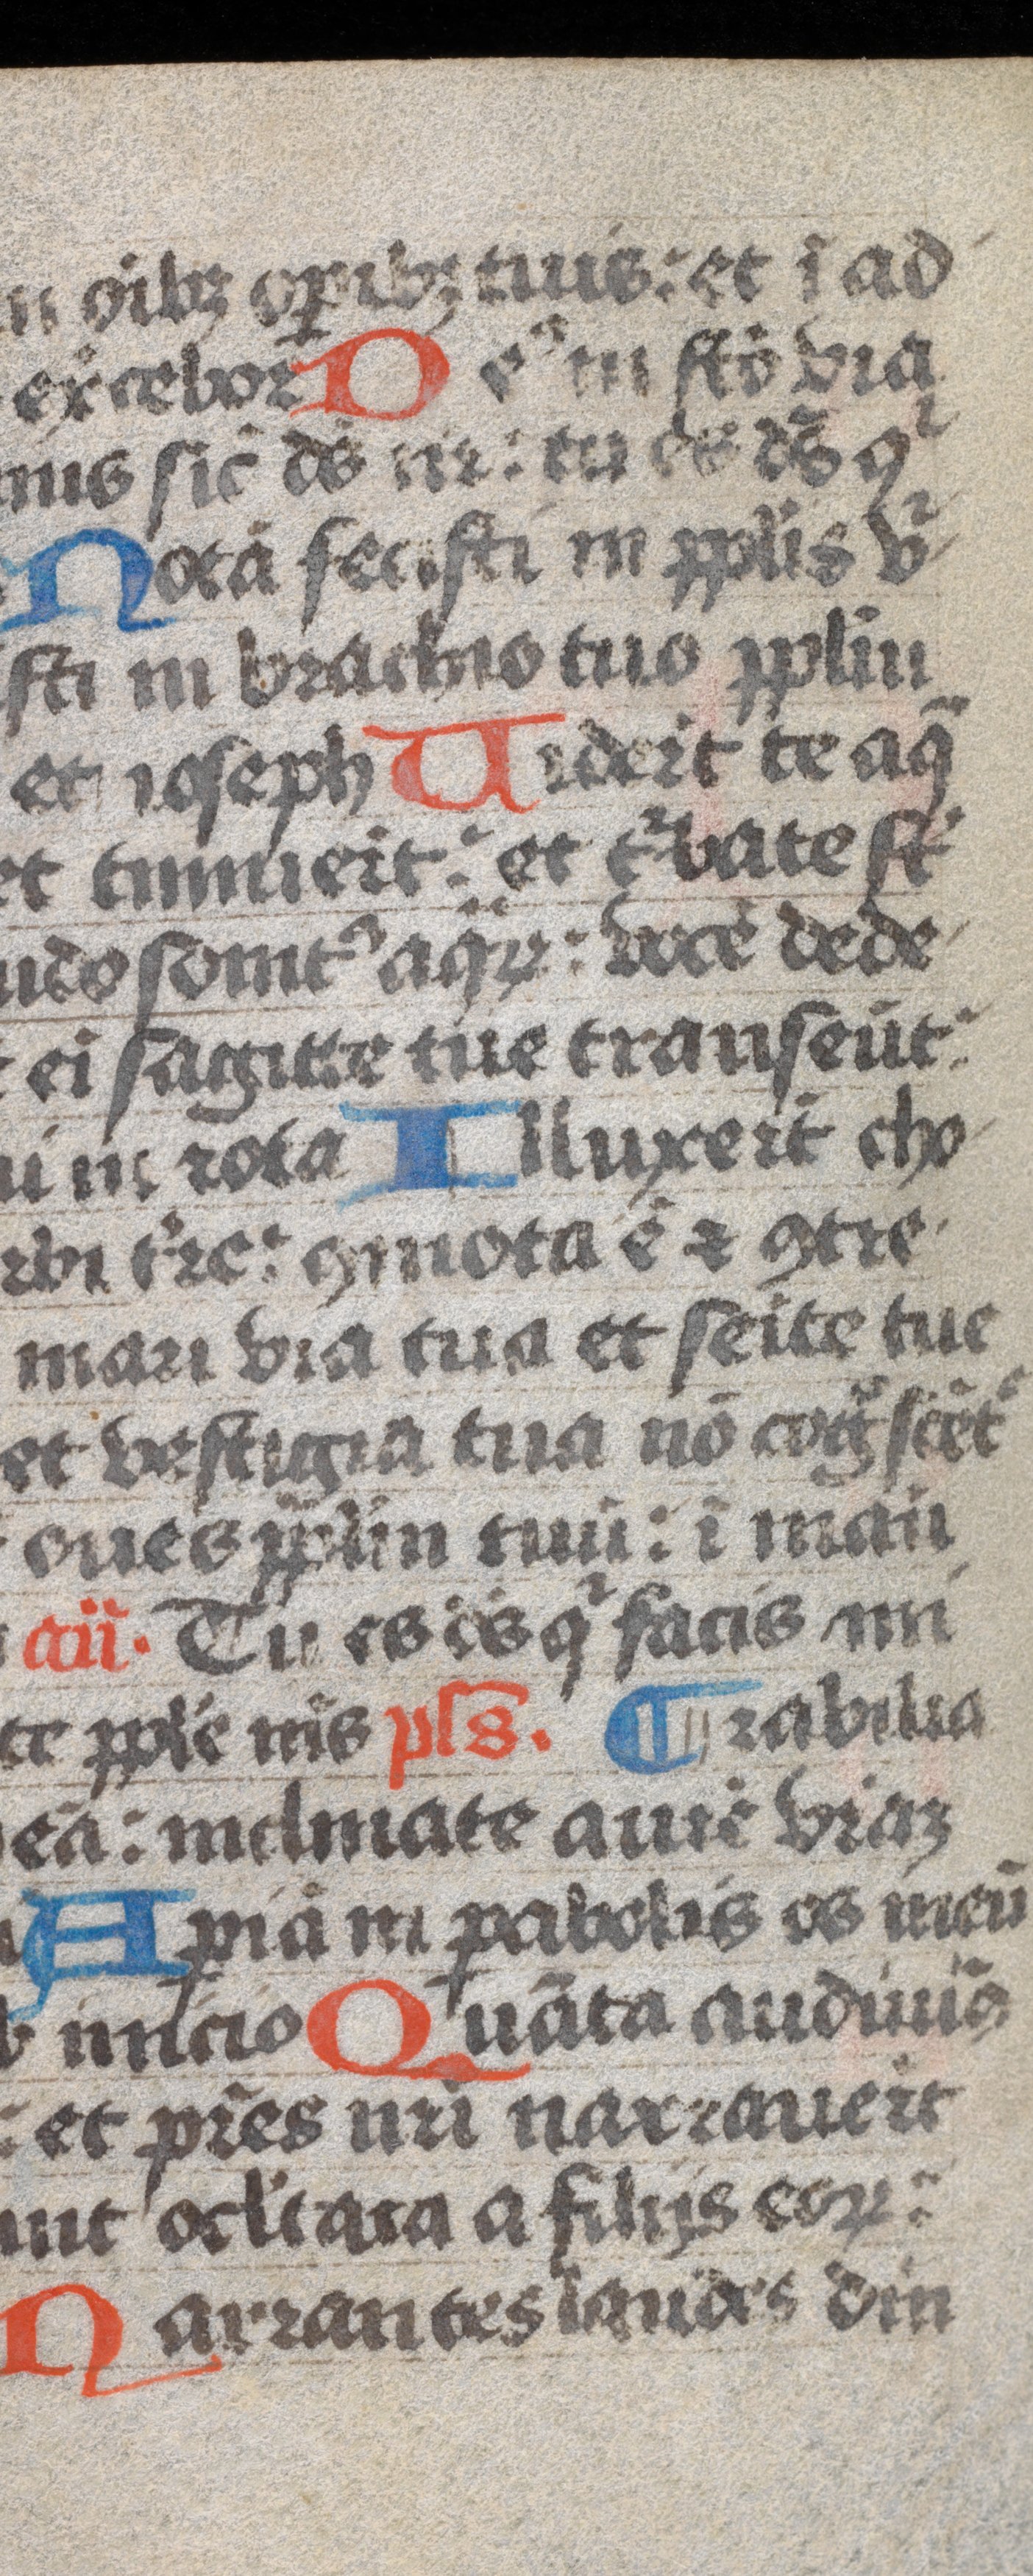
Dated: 1300–1399